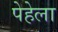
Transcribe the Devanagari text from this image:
पेहेला